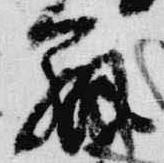
弁